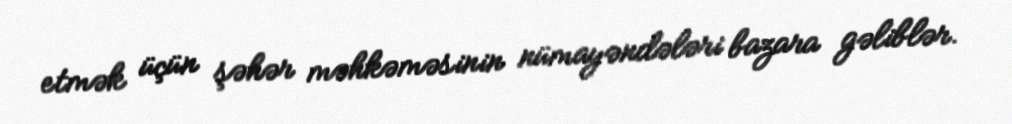
etmək üçün şəhər məhkəməsinin nümayəndələri bazara gəliblər.